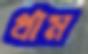
থাম